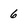
Character: 6